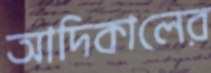
আদিকালের